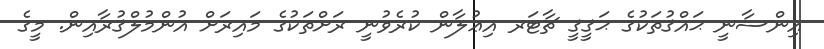
އިންސާނީ ޙައްޤުުތަކުގެ ޙަޤީޤީ ޗާޓަރ އިޢުލާން ކުރެވުނީ ރަށްތަކުގެ މައިރަށް އުންމުލްޤުރާއިން. މީގެ